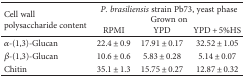
<table><thead><tr><td rowspan="2"><b>Cell wall polysaccharide content</b></td><td colspan="3"><b><i>P. brasiliensis</i> strain Pb73, yeast phaseGrown on</b></td></tr><tr><td><b>RPMI</b></td><td><b>YPD</b></td><td><b>YPD + 5%HS</b></td></tr></thead><tbody><tr><td><i>α</i>-(1,3)-Glucan</td><td>22.4 ± 0.9</td><td>17.91 ± 0.17</td><td>32.52 ± 1.05</td></tr><tr><td><i>β</i>-(1,3)-Glucan</td><td>10.6 ± 0.6</td><td>5.83 ± 0.28</td><td>5.14 ± 0.07</td></tr><tr><td>Chitin</td><td>35.1 ± 1.3</td><td>15.75 ± 0.27</td><td>12.87 ± 0.32</td></tr></tbody></table>